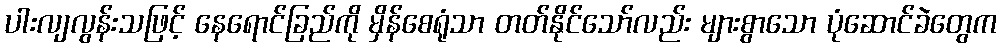
ပါးလျလွန်းသဖြင့် နေရောင်ခြည်ကို မှိန်စေရုံသာ တတ်နိုင်သော်လည်း များစွာသော ပုံဆောင်ခဲတွေက